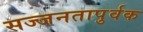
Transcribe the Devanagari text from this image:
सज्जनतापुर्वक